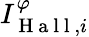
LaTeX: I_{\mathrm{~H~a~l~l~},i}^{\varphi}